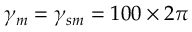
\gamma _ { m } = \gamma _ { s m } = 1 0 0 \times 2 \pi